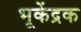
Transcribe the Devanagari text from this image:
भूकेंद्रक